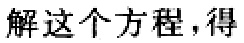
解这个方程，得